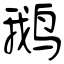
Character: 鹅